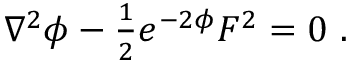
\nabla ^ { 2 } \phi - { \textstyle \frac { 1 } { 2 } } e ^ { - 2 \phi } F ^ { 2 } = 0 \ .